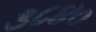
૩૮૪૦